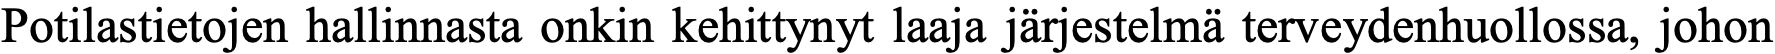
Potilastietojen hallinnasta onkin kehittynyt laaja järjestelmä terveydenhuollossa, johon